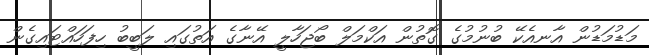
މަޑުމަޑުން އާނއެކޭ ބުނުމުގެ ގޮތުން އަކްމަލް ބޯޖަހާލީ އޭނާގެ އަތުގައި ލަބީބު ހިފަހައްޓައިގެން